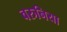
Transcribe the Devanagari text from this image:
वरुनिया